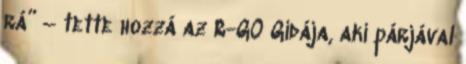
rá” – tette hozzá az R-GO Gidája, aki párjával